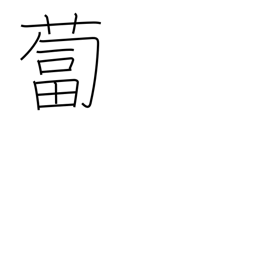
Meaning: daikon